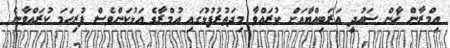
އިމްރާން ޚާން ސައުދީ އަރަބިއްޔާއަށް ކުރައްވާ މިދަތުރުފުޅުގައި އުމްރާގެ އަޅުކަންވެސް ފުރިހަމަ ކުރައްވާނެ